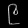
Digit: ၉